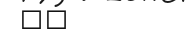
٢٧